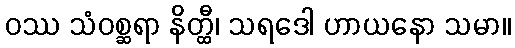
ဝဿ သံဝစ္ဆရာ နိတ္ထီ၊ သရဒေါ ဟာယနော သမာ။